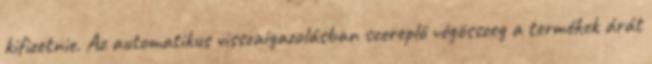
kifizetnie. Az automatikus visszaigazolásban szereplő végösszeg a termékek árát